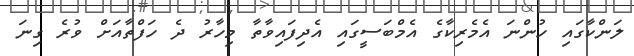
ލަންކާގައި ހުންނަ އެމެރިކާގެ އެމްބަސީގައި އެދިފައިވާތާ މިހާރު ދެ ހަފްތާއަށް ވުރެ ގިނަ